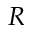
R